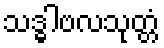
သဒ္ဓါဗလသုတ္တံ